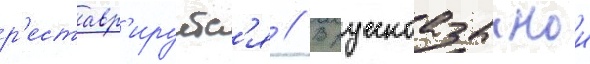
р'еставр'ируетс'я // В русскоазычнои